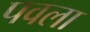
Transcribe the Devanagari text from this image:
पवला